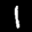
Label: 1